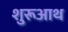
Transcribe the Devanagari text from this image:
शुरूआथ